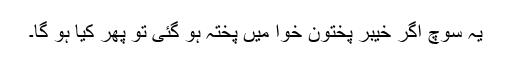
یہ سوچ اگر خیبر پختون خوا میں پختہ ہو گئی تو پھر کیا ہو گا۔